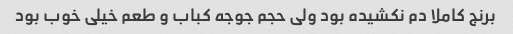
برنج کاملا دم نکشیده بود ولی حجم جوجه کباب و طعم خیلی خوب بود